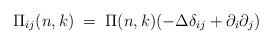
LaTeX: \begin{align*}\Pi_{ij}(n,k) \;=\; \Pi (n,k) (- \Delta \delta_{ij} + \partial_i \partial_j )\end{align*}